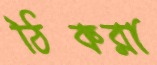
ঠিকরা